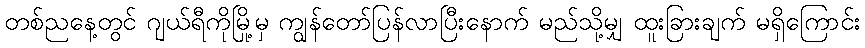
တစ်ညနေ့တွင် ဂျယ်ရီကိုမြို့မှ ကျွန်တော်ပြန်လာပြီးနောက် မည်သို့မျှ ထူးခြားချက် မရှိကြောင်း